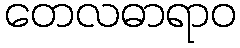
တေလဓာရာဝ